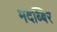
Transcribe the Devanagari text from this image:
मदब्बिर